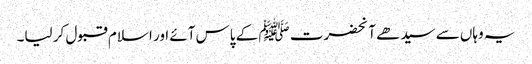
یہ وہاں سے سیدھے آنحضرت ﷺ کے پاس آئے اور اسلام قبول کر لیا۔